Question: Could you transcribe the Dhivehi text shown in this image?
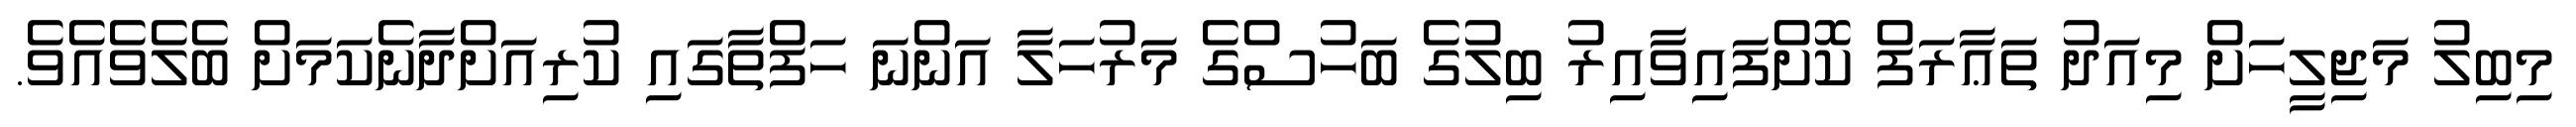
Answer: މިބިލު މަޖިލީހަށް މިއަދު ތަޢާރަފް ކޮށްފައިވާއިރު ބިލުގެ ބަހުސްގެ މަރުހަލާ އަންނަ ހަފްތާގައި ކުރިއަށްދާނެކަމަށް ބެލެވެއެވެ.